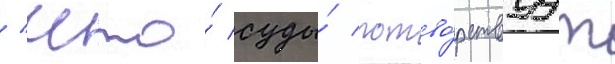
/ что́ суды́ потво́рствуут